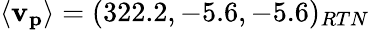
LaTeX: \langle\mathbf{v_{p}}\rangle=(322.2,-5.6,-5.6)_{RTN}